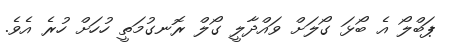
ޕަބްލޯ އެ ބޯޅަ ގޯލަށް ވައްދާލީ ގޯލް ރޮނގުމަތީ ހުހަށް ހުރެ އެވެ.